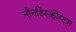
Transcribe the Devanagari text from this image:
नॉनडिस्क्रीप्ट्स